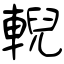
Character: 輗